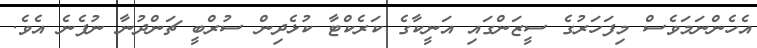
އެހެންނަމަވެސް މިފަހަރުގެ ސީޒަންގައި އަނީކާގެ ކަރެކްޓާ ކުޅެދިން ސުރްބީ ޗަންދުނާ ނުފެނެ އެވެ.